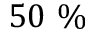
5 0 ~ \%